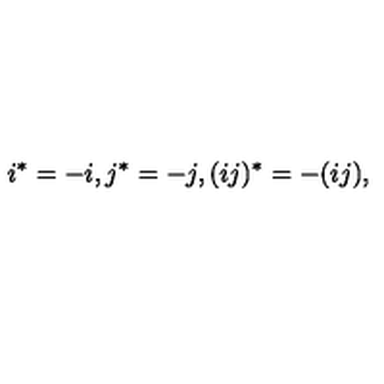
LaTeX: i ^ { * } = - i , j ^ { * } = - j , ( i j ) ^ { * } = - ( i j ) ,